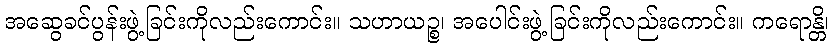
အဆွေခင်ပွန်းဖွဲ့ခြင်းကိုလည်းကောင်း။ သဟာယဉ္စ၊ အပေါင်းဖွဲ့ခြင်းကိုလည်းကောင်း။ ကရောန္တိ၊